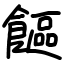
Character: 饇